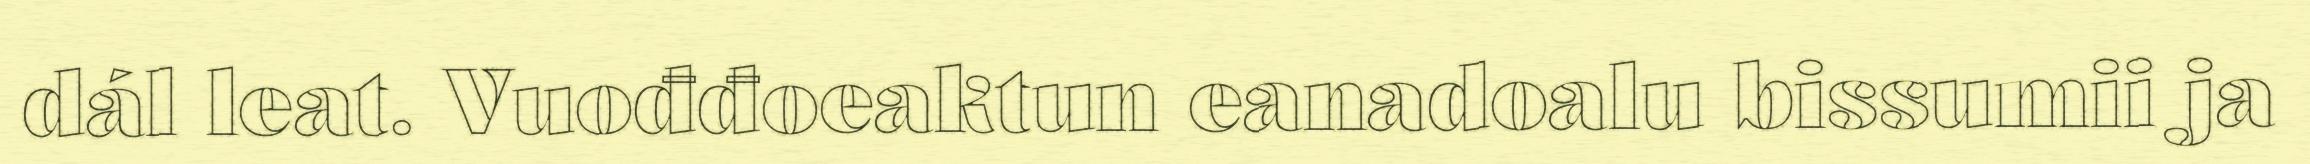
dál leat. Vuođđoeaktun eanadoalu bissumii ja